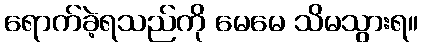
ရောက်ခဲ့ရသည်ကို မေမေ သိမသွားရ။